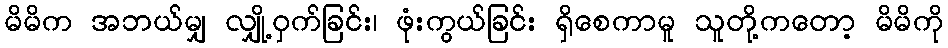
မိမိက အဘယ်မျှ လျှို့ဝှက်ခြင်း၊ ဖုံးကွယ်ခြင်း ရှိစေကာမူ သူတို့ကတော့ မိမိကို